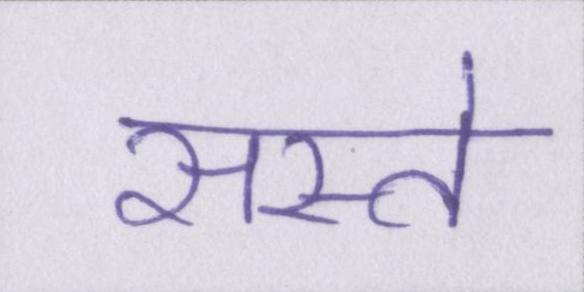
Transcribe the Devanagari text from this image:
सस्ते